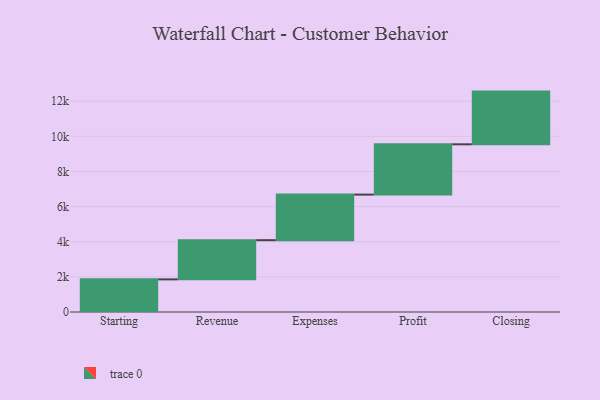
{"axis": {"x": "Step", "y": "Value"}, "legend": [""], "data": [{"x": "Starting", "y": 1857.0, "type": ""}, {"x": "Revenue", "y": 2231.0, "type": ""}, {"x": "Expenses", "y": 2594.0, "type": ""}, {"x": "Profit", "y": 2863.0, "type": ""}, {"x": "Closing", "y": 3000, "type": ""}]}